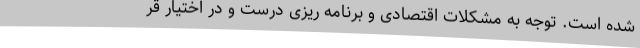
شده است. توجه به مشکلات اقتصادی و برنامه ریزی درست و در اختیار قر